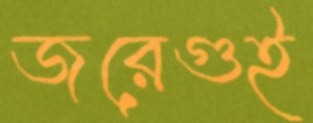
জরেগুই